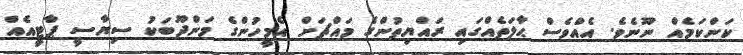
ކަންކަމެއް ނޫނެވެ. އެއްވެސް ޙާލަތެއްގައި ރައްޔިތުންގެ މައްޗަށް އެމީހުންގެ މަންދޫބަކު ސިޔާސީ ޕާޓީއެއް